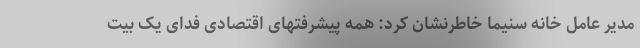
مدیر عامل خانه سنیما خاطرنشان کرد: همه پیشرفتهای اقتصادی فدای یک بیت